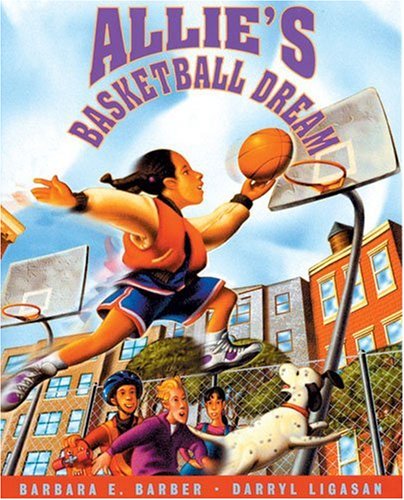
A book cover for Allie's Basketball Dream; Barbara E. Barber; Children's Books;